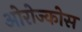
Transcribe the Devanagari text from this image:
ओरोज्कोस